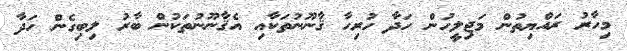
މިހާރު ރައްޔިތުން މަޖިލީހުން ހަދާ ހުރިހާ ޤާނޫނުތަކާއި އެޤާނޫނުތަކުން ބާރު ލިބިގެން ހަދާ